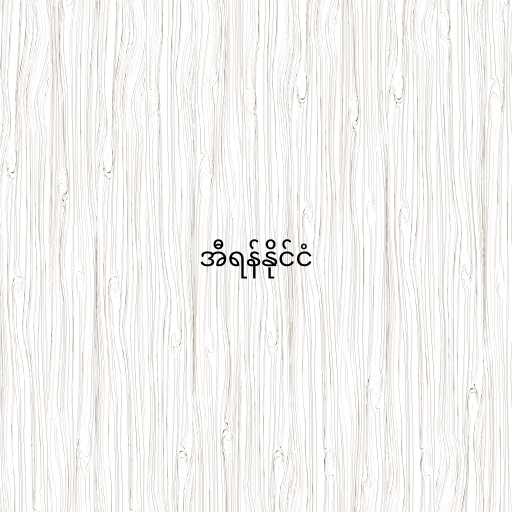
အီရန်နိုင်ငံ